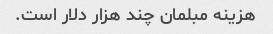
هزینه مبلمان چند هزار دلار است.